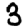
Digit: 3